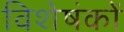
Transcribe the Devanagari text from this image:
विशेषंकों